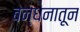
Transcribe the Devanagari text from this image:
बन्धनातून